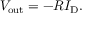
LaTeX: V _ { \mathrm { o u t } } = - R I _ { \mathrm { D } } .